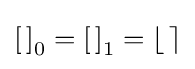
\left[\,\right]_{0}=\left[\,\right]_{1}=\left\lfloor \,\right\rceil